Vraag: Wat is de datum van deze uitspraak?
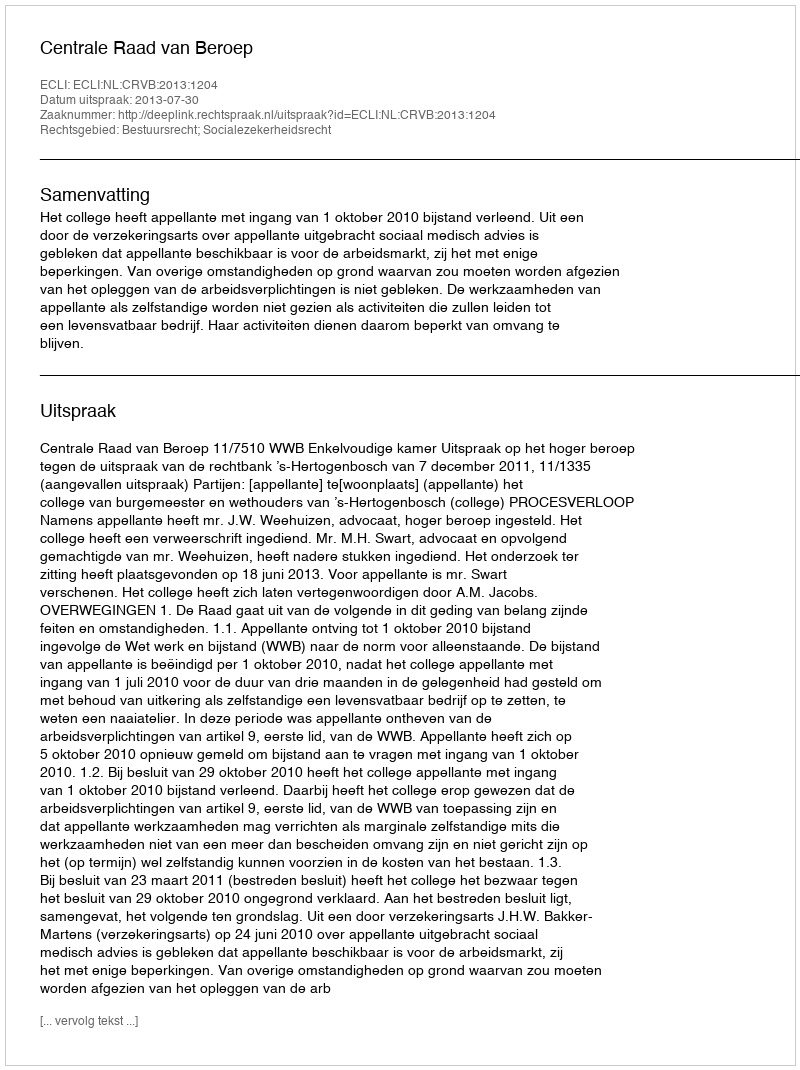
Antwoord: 2013-07-30